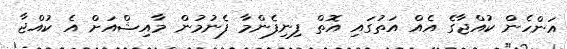
އަންހެން ކުއްޖާގެ އެއް އަތުގައި އޮތް ފިނިފެންމާ ފެނުމުން މާއިޝްއަށް އެ ކުއްޖާ